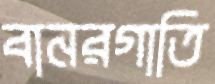
বানরগাতি